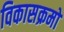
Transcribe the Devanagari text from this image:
विकासक्रमों